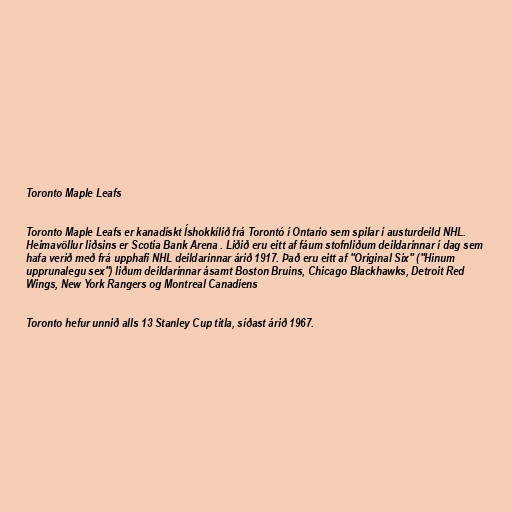
Toronto Maple Leafs

Toronto Maple Leafs er kanadískt Íshokkílið frá Torontó í Ontario sem spilar í austurdeild NHL.
Heimavöllur liðsins er Scotia Bank Arena . Liðið eru eitt af fáum stofnliðum deildarinnar í dag sem
hafa verið með frá upphafi NHL deildarinnar árið 1917. Það eru eitt af "Original Six" ("Hinum
upprunalegu sex") liðum deildarinnar ásamt Boston Bruins, Chicago Blackhawks, Detroit Red
Wings, New York Rangers og Montreal Canadiens

Toronto hefur unnið alls 13 Stanley Cup titla, síðast árið 1967.